Vaccination Hyderabad 1872-1889 - 1872-1889
Year: 1872
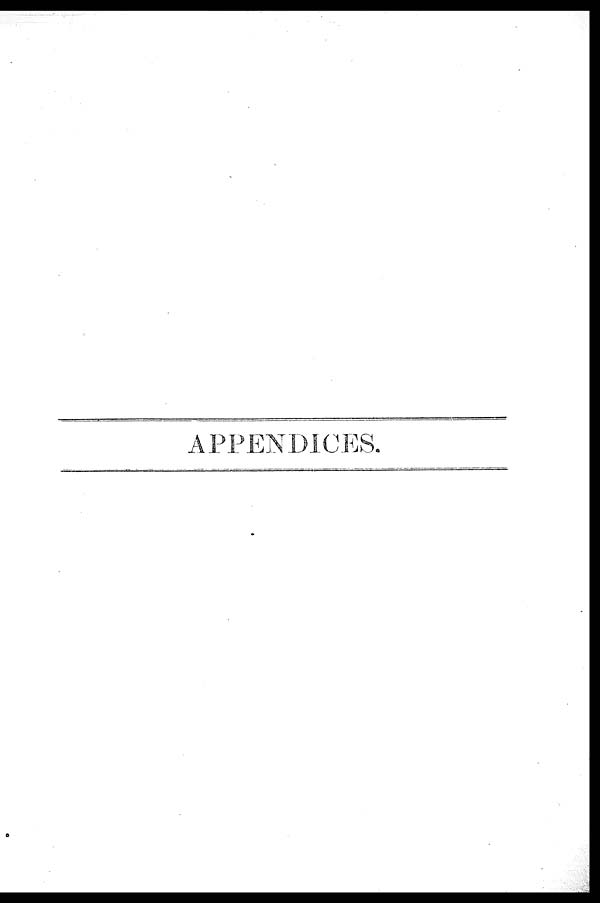
APPENDICES.